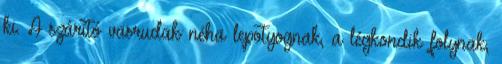
ki. A szárító vasrudak néha lepotyognak, a légkondik folynak,